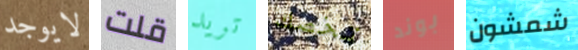
لايوجد قلت تريد تخصك بوند شمشون